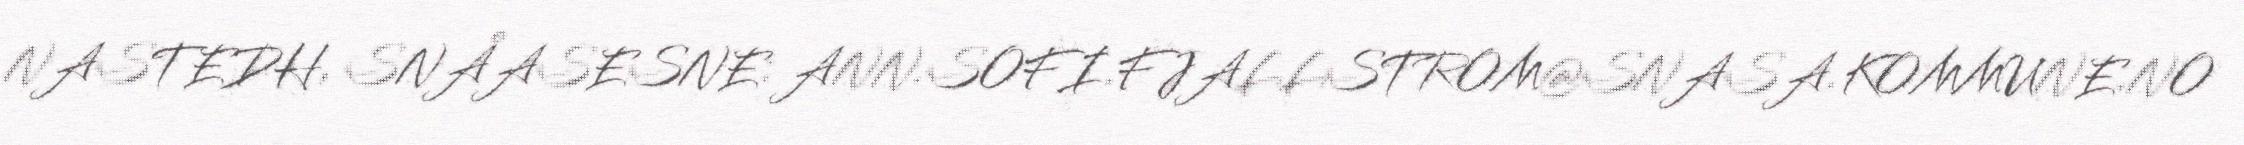
NASTEDH, SNÅASESNE: ANN.SOFI.FJALLSTROM@SNASA.KOMMUNE.NO